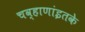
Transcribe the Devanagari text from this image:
चव्हाणांइतके